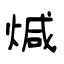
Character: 煘